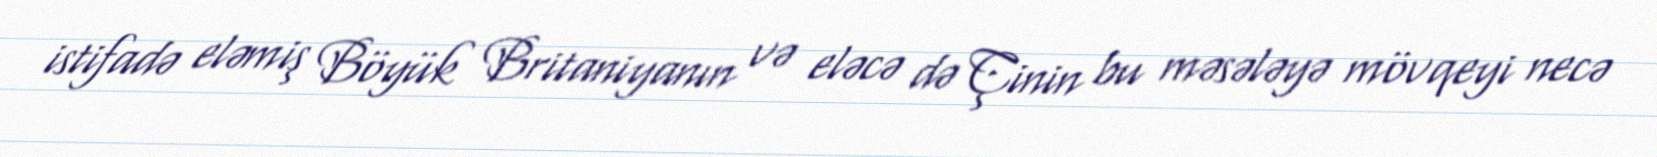
istifadə eləmiş Böyük Britaniyanın və eləcə də Çinin bu məsələyə mövqeyi necə